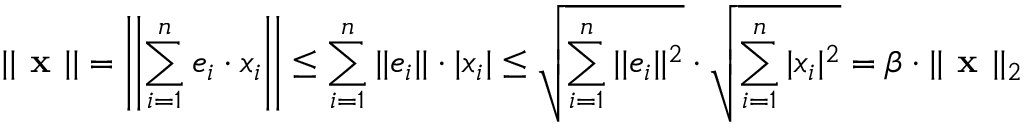
| | { \textbf { x } } | | = \left| \left| \sum _ { i = 1 } ^ { n } e _ { i } \cdot x _ { i } \right| \right| \leq \sum _ { i = 1 } ^ { n } | | e _ { i } | | \cdot | x _ { i } | \leq { \sqrt { \sum _ { i = 1 } ^ { n } | | e _ { i } | | ^ { 2 } } } \cdot { \sqrt { \sum _ { i = 1 } ^ { n } | x _ { i } | ^ { 2 } } } = \beta \cdot | | { \textbf { x } } | | _ { 2 }